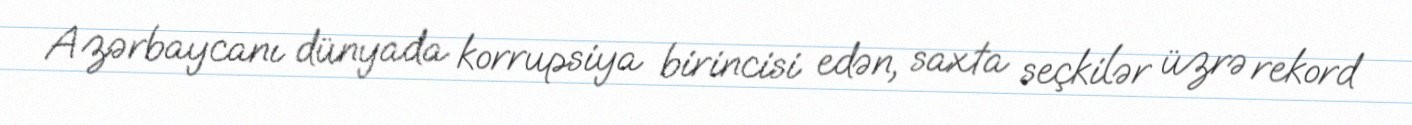
Azərbaycanı dünyada korrupsiya birincisi edən, saxta seçkilər üzrə rekord